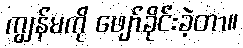
ကျွန်မကို ဖျော်ခိုင်းခဲ့တာ။